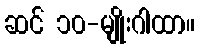
ဆင် ၁၀-မျိုးဂါထာ။